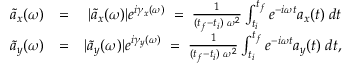
\begin{array} { r l r } { \tilde { a } _ { x } ( \omega ) } & { = } & { | \tilde { a } _ { x } ( \omega ) | e ^ { i \gamma _ { x } ( \omega ) } \; = \; \frac { 1 } { ( t _ { f } - t _ { i } ) \; \omega ^ { 2 } } \int _ { t _ { i } } ^ { t _ { f } } e ^ { - i \omega t } a _ { x } ( t ) \; d t } \\ { \tilde { a } _ { y } ( \omega ) } & { = } & { | \tilde { a } _ { y } ( \omega ) | e ^ { i \gamma _ { y } ( \omega ) } \; = \; \frac { 1 } { ( t _ { f } - t _ { i } ) \; \omega ^ { 2 } } \int _ { t _ { i } } ^ { t _ { f } } e ^ { - i \omega t } a _ { y } ( t ) \; d t , } \end{array}